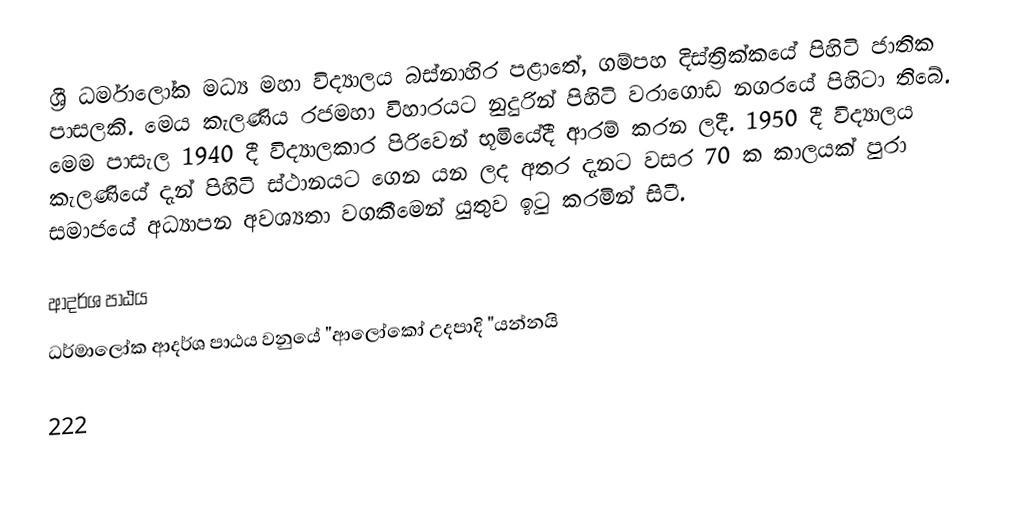
ශ්‍රී ධර්මාලෝක මධ්‍ය මහා විද්‍යාලය බස්නාහිර පළාතේ, ගම්පහ දිස්ත්‍රික්කයේ පිහිටි ජාතික පාසලකි. මෙය කැලණිය රජමහා විහාරයට නුදුරින් පිහිටි වරාගොඩ නගරයේ පිහිටා තිබේ. මෙම පාසැල 1940 දී විද්‍යාලකාර පිරිවෙන් භූමියේදී ආරම් කරන ලදී. 1950 දී විද්‍යාලය කැලණියේ දැන් පිහිටි ස්ථානයට ගෙන යන ලද අතර දැනට වසර 70 ක කාලයක් පුරා සමාජයේ අධ්‍යාපන අවශ්‍යතා වගකීමෙන් යුතුව ඉටු කරමින් සිටී.

ආදර්ශ පාඨය
ධර්මාලෝක ආදර්ශ පාඨය වනුයේ "ආලෝකෝ උදපාදි "යන්නයි

222